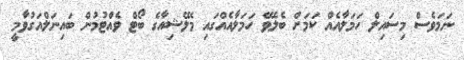
ނަމަވެސް މިސައިލް ހަމަލާއެއް ކަމަށް ބެލެވޭ ހަމަލާއެއްގައި މެލޭޝިއާގެ ބޯޓް ވެއްޓުމުން ބައިނަލްއަގުވާމީ